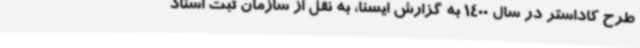
طرح کاداستر در سال 1400 به گزارش ایسنا، به نقل از سازمان ثبت اسناد